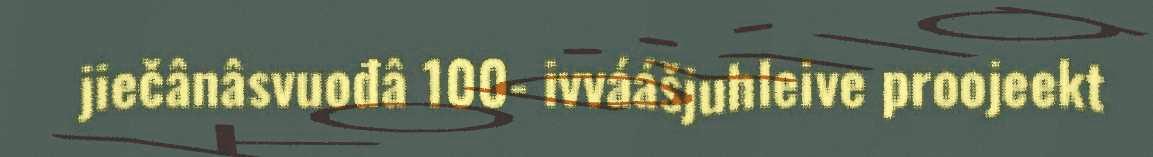
jiečânâsvuođâ 100- ivváášjuhleive proojeekt